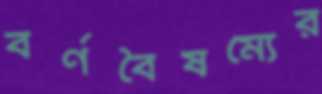
বর্ণবৈষম্যের